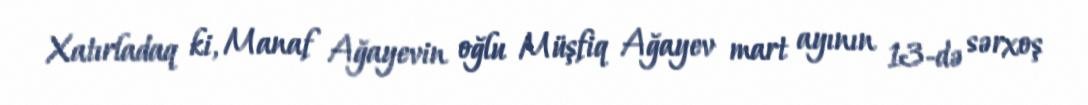
Xatırladaq ki, Manaf Ağayevin oğlu Müşfiq Ağayev mart ayının 13-də sərxoş